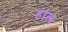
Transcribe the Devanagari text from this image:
हांल